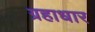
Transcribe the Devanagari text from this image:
ग्रहाधार